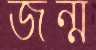
জন্ম